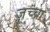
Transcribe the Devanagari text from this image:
ज़च्चा